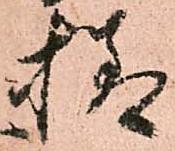
様